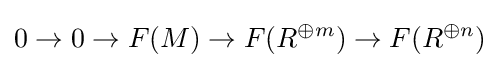
0\to 0\to F(M)\to F(R^{\oplus m})\to F(R^{\oplus n})